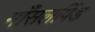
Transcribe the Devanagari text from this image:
माँसलपिंड